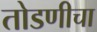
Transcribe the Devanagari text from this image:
तोडणीचा